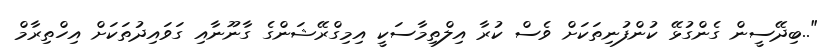
"..ބިދޭސީން ގެންގުޅޭ ކުންފުނިތަކަށް ވެސް ކުރާ އިލްތިމާސަކީ އިމިގްރޭޝަންގެ ގާނޫނާއި ގަވައިދުތަކަށް އިހްތިރާމް